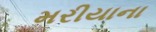
મરીયાના